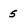
Character: 5